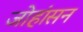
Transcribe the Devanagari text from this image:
जोहांसन